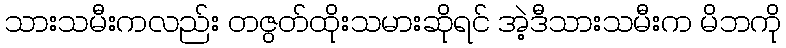
သားသမီးကလည်း တဇွတ်ထိုးသမားဆိုရင် အဲ့ဒီသားသမီးက မိဘကို